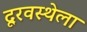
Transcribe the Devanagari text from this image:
दूरवस्थेला